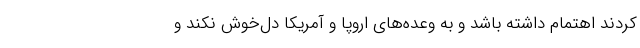
کردند اهتمام داشته باشد و به وعده‌های اروپا و آمریکا دل‌خوش نکند و